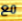
مع